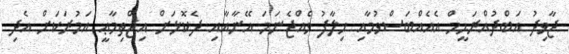
ޖާވިދު އަބްދުއްރަޙީމް އެއެއްބަސްވުމާއި ޚިލާފު ވެއްޖެނަމަ އޭނާއާއި ދެކޮޅަށް އިޖްތިމާޢީ އަމުރަކަށް އެދި